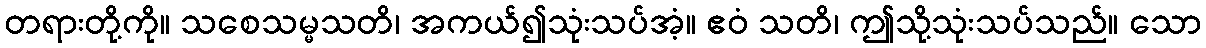
တရားတို့ကို။ သစေသမ္မသတိ၊ အကယ်၍သုံးသပ်အံ့။ ဧဝံ သတိ၊ ဤသို့သုံးသပ်သည်။ သော